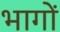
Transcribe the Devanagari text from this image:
भागाें